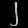
Digit: ၂